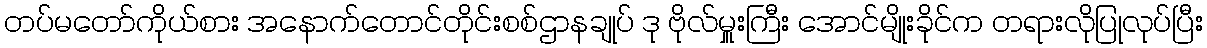
တပ်မတော်ကိုယ်စား အနောက်တောင်တိုင်းစစ်ဌာနချုပ် ဒု ဗိုလ်မှူးကြီး အောင်မျိုးခိုင်က တရားလိုပြုလုပ်ပြီး